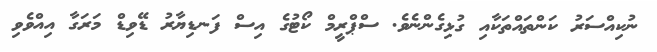
ނުކިއްސަރު ކަންތައްތަކާއި ގުޅިގެންނެވެ. ސްޕްރީމް ކޯޓުގެ އިސް ފަނޑިޔާރު ޑޭވިޑް މަރަގާ އިއްވެވި